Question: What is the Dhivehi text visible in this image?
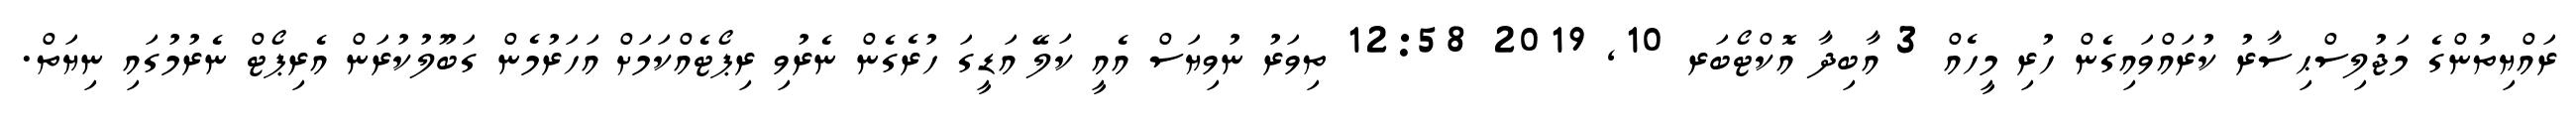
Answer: ރައްޔިތުންގެ މަޖުލިސްޙިސާރު ކުރައްވައިގެން ހުރި މީހެއް 3 އާބިދާ އޮކްޓޯބަރ 10, 2019 12:58 ތިވަރު ނުވިޔަސް އެއީ ކަލޭ އަޑީގަ ހުރެގެން ނެރުވި ރިޕޯޓެއްކަމަށް އަހަރުމެން ގަބޫލުކުރަން އެރިޕޯޓް ނެރުމުގައި ނިޔަތް.